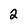
Character: 2